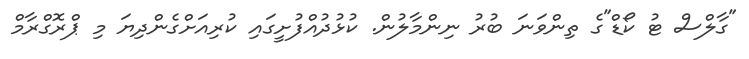
"ގާލްސް ޓު ކޯޑް"ގެ ތިންވަނަ ބުރު ނިންމާލުން. ކުޅުދުއްފުށީގައި ކުރިއަށްގެންދިޔަ މި ޕްރޮގްރާމް